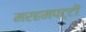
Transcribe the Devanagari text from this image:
मरहमपट्टी